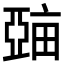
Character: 𤲾